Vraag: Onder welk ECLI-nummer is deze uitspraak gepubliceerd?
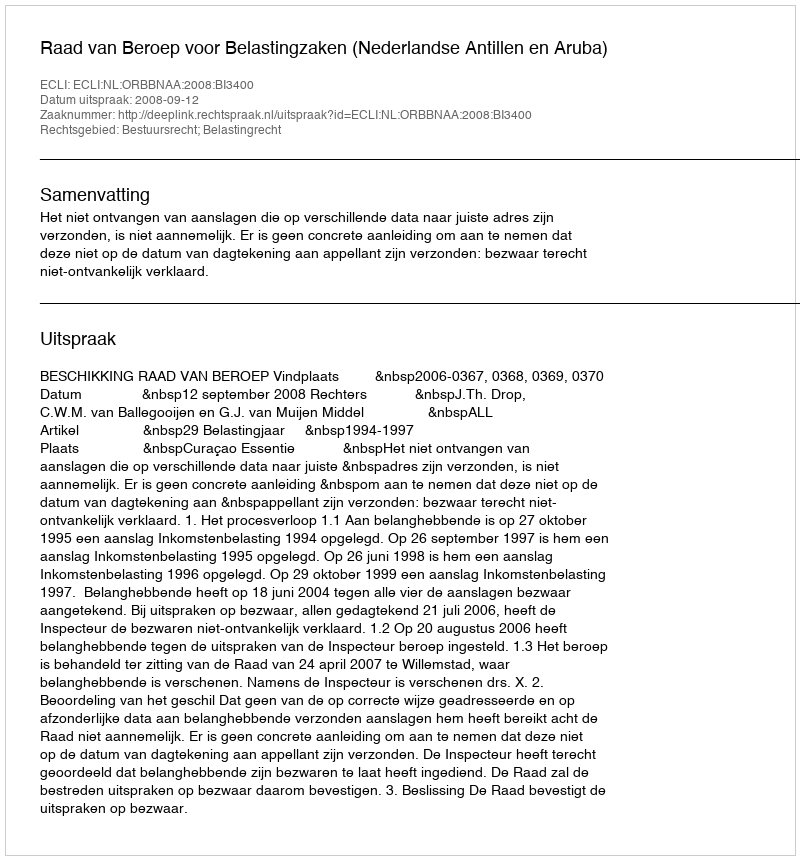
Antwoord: ECLI:NL:ORBBNAA:2008:BI3400